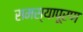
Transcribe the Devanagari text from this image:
समस्यापूरण